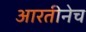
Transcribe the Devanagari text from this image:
आरतीनेच